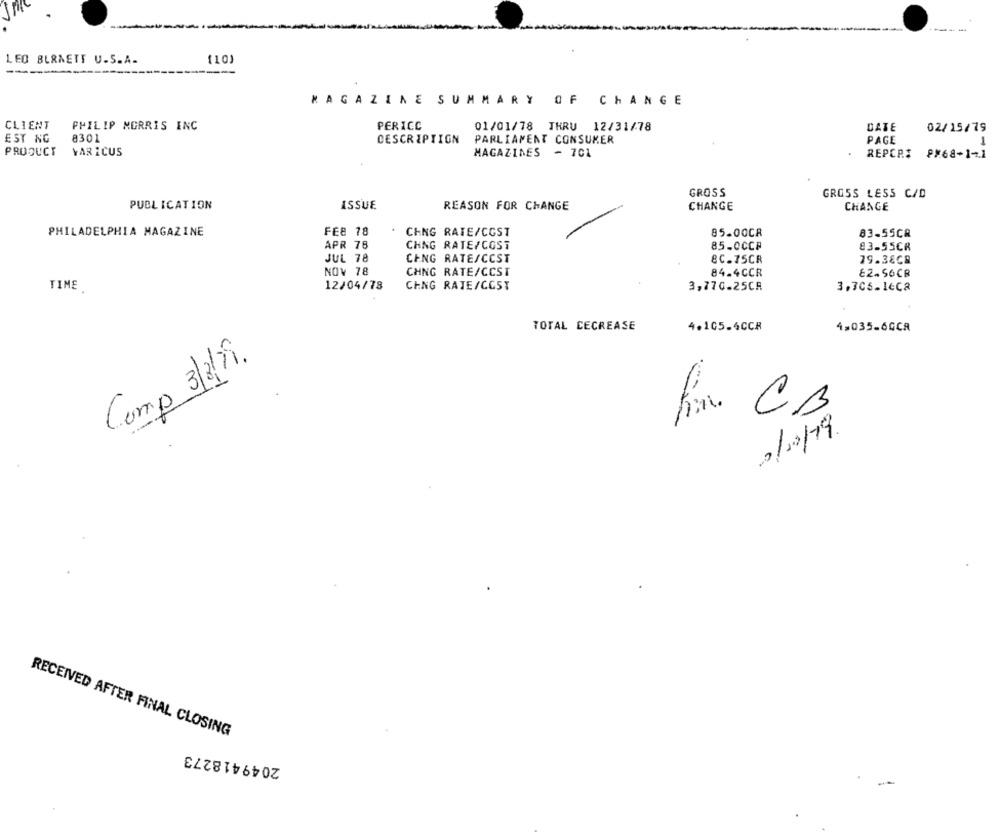
---
-----
LEO BURNETT U.S.A.
(10)
-------
MAGAZINE SUMMARY OF CHANGE
CLIENT
PHILIP MORRIS INC
PERICC
01/01/78 THRU 12/31/78
DATE
02/15/79
EST NG
8301
DESCRIPTION
PARLIAMENT CONSUMER
PAGE
PRODUCT
VAR ICUS
MAGAZINES - 701
REPCPS 8X68-14.1
GROSS
GROSS LESS C/D
PUBLICATION
ISSUE
REASON FOR CHANGE
CHANGE
CHANGE
PHILADELPHIA MAGAZINE
FEB 18
CANG RATE/COST
85.00CR
83-55CR
APR 76
CHNG RATE/COST
85.00CF
83-55CR
JUL 78
CENG RATESCOST
8C.75CR
79.38CA
NOV 78
CHNG RATE/CCST
84.4CCR
82.56CB
12/04/78
CING RATE/COST
TIME
3,770.25CA
3,706.16C8
TOTAL DECREASE
4.105.4CCR
4.035-60CR
Comp 3/3/1.
fin CB
2/00/19.
RECEIVED AFTER FINAL CLOSING
2049418273